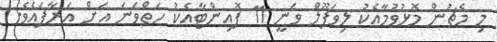
މި މެޗުން މޮޅުވުމާއެކު ލިވަޕޫލް ވަނީ 11 ޕޮއިންޓާއެކު ހަތްވަނަ އަށް އަރާފައެވެ.